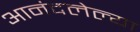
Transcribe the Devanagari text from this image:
आनंदलेल्या